Scottish Leaving Certificate Examination, 1957
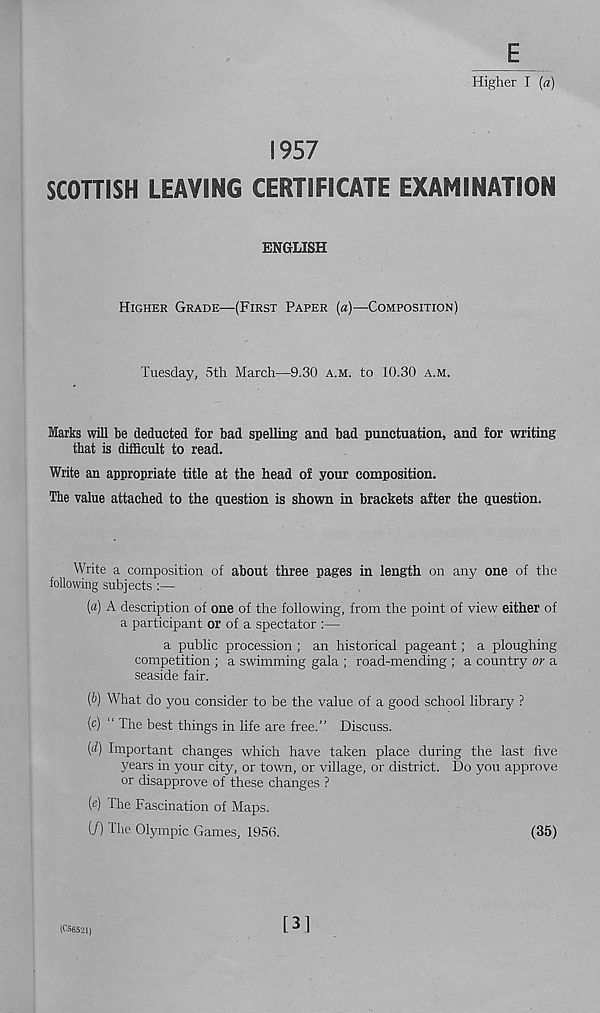
E
Higher I [a)
1957
SCOTTISH LEAVING CERTIFICATE EXAMINATION
ENGLISH
HIGHER GRADE—(FIRST PAPER [a)—COMPOSITION)
Tuesday, 5th March—9.30 A.M. to 10.30 A.M.
Marks will be deducted for bad spelling and bad punctuation, and for writing
that is difficult to read.
Write an appropriate title at the head of your composition.
The value attached to the question is shown in brackets after the question.
Write a composition of about three pages in length on any one of the
following subjects :—
(a) A description of one of the following, from the point of view either of
a participant or of a spectator :—
a public procession ; an historical pageant; a ploughing
competition ; a swimming gala ; road-mending ; a country or a
seaside fair.
(b) What do you consider to be the value of a good school library ?
(c) “ The best things in life are free.” Discuss.
(<?) Important changes which have taken place during the last five
years in your city, or town, or village, or district. Do you approve
or disapprove of these changes ?
(e) The Fascination of Maps.
(/) The Olympic Games, 195(1.
(35)
(C56521)
[3]